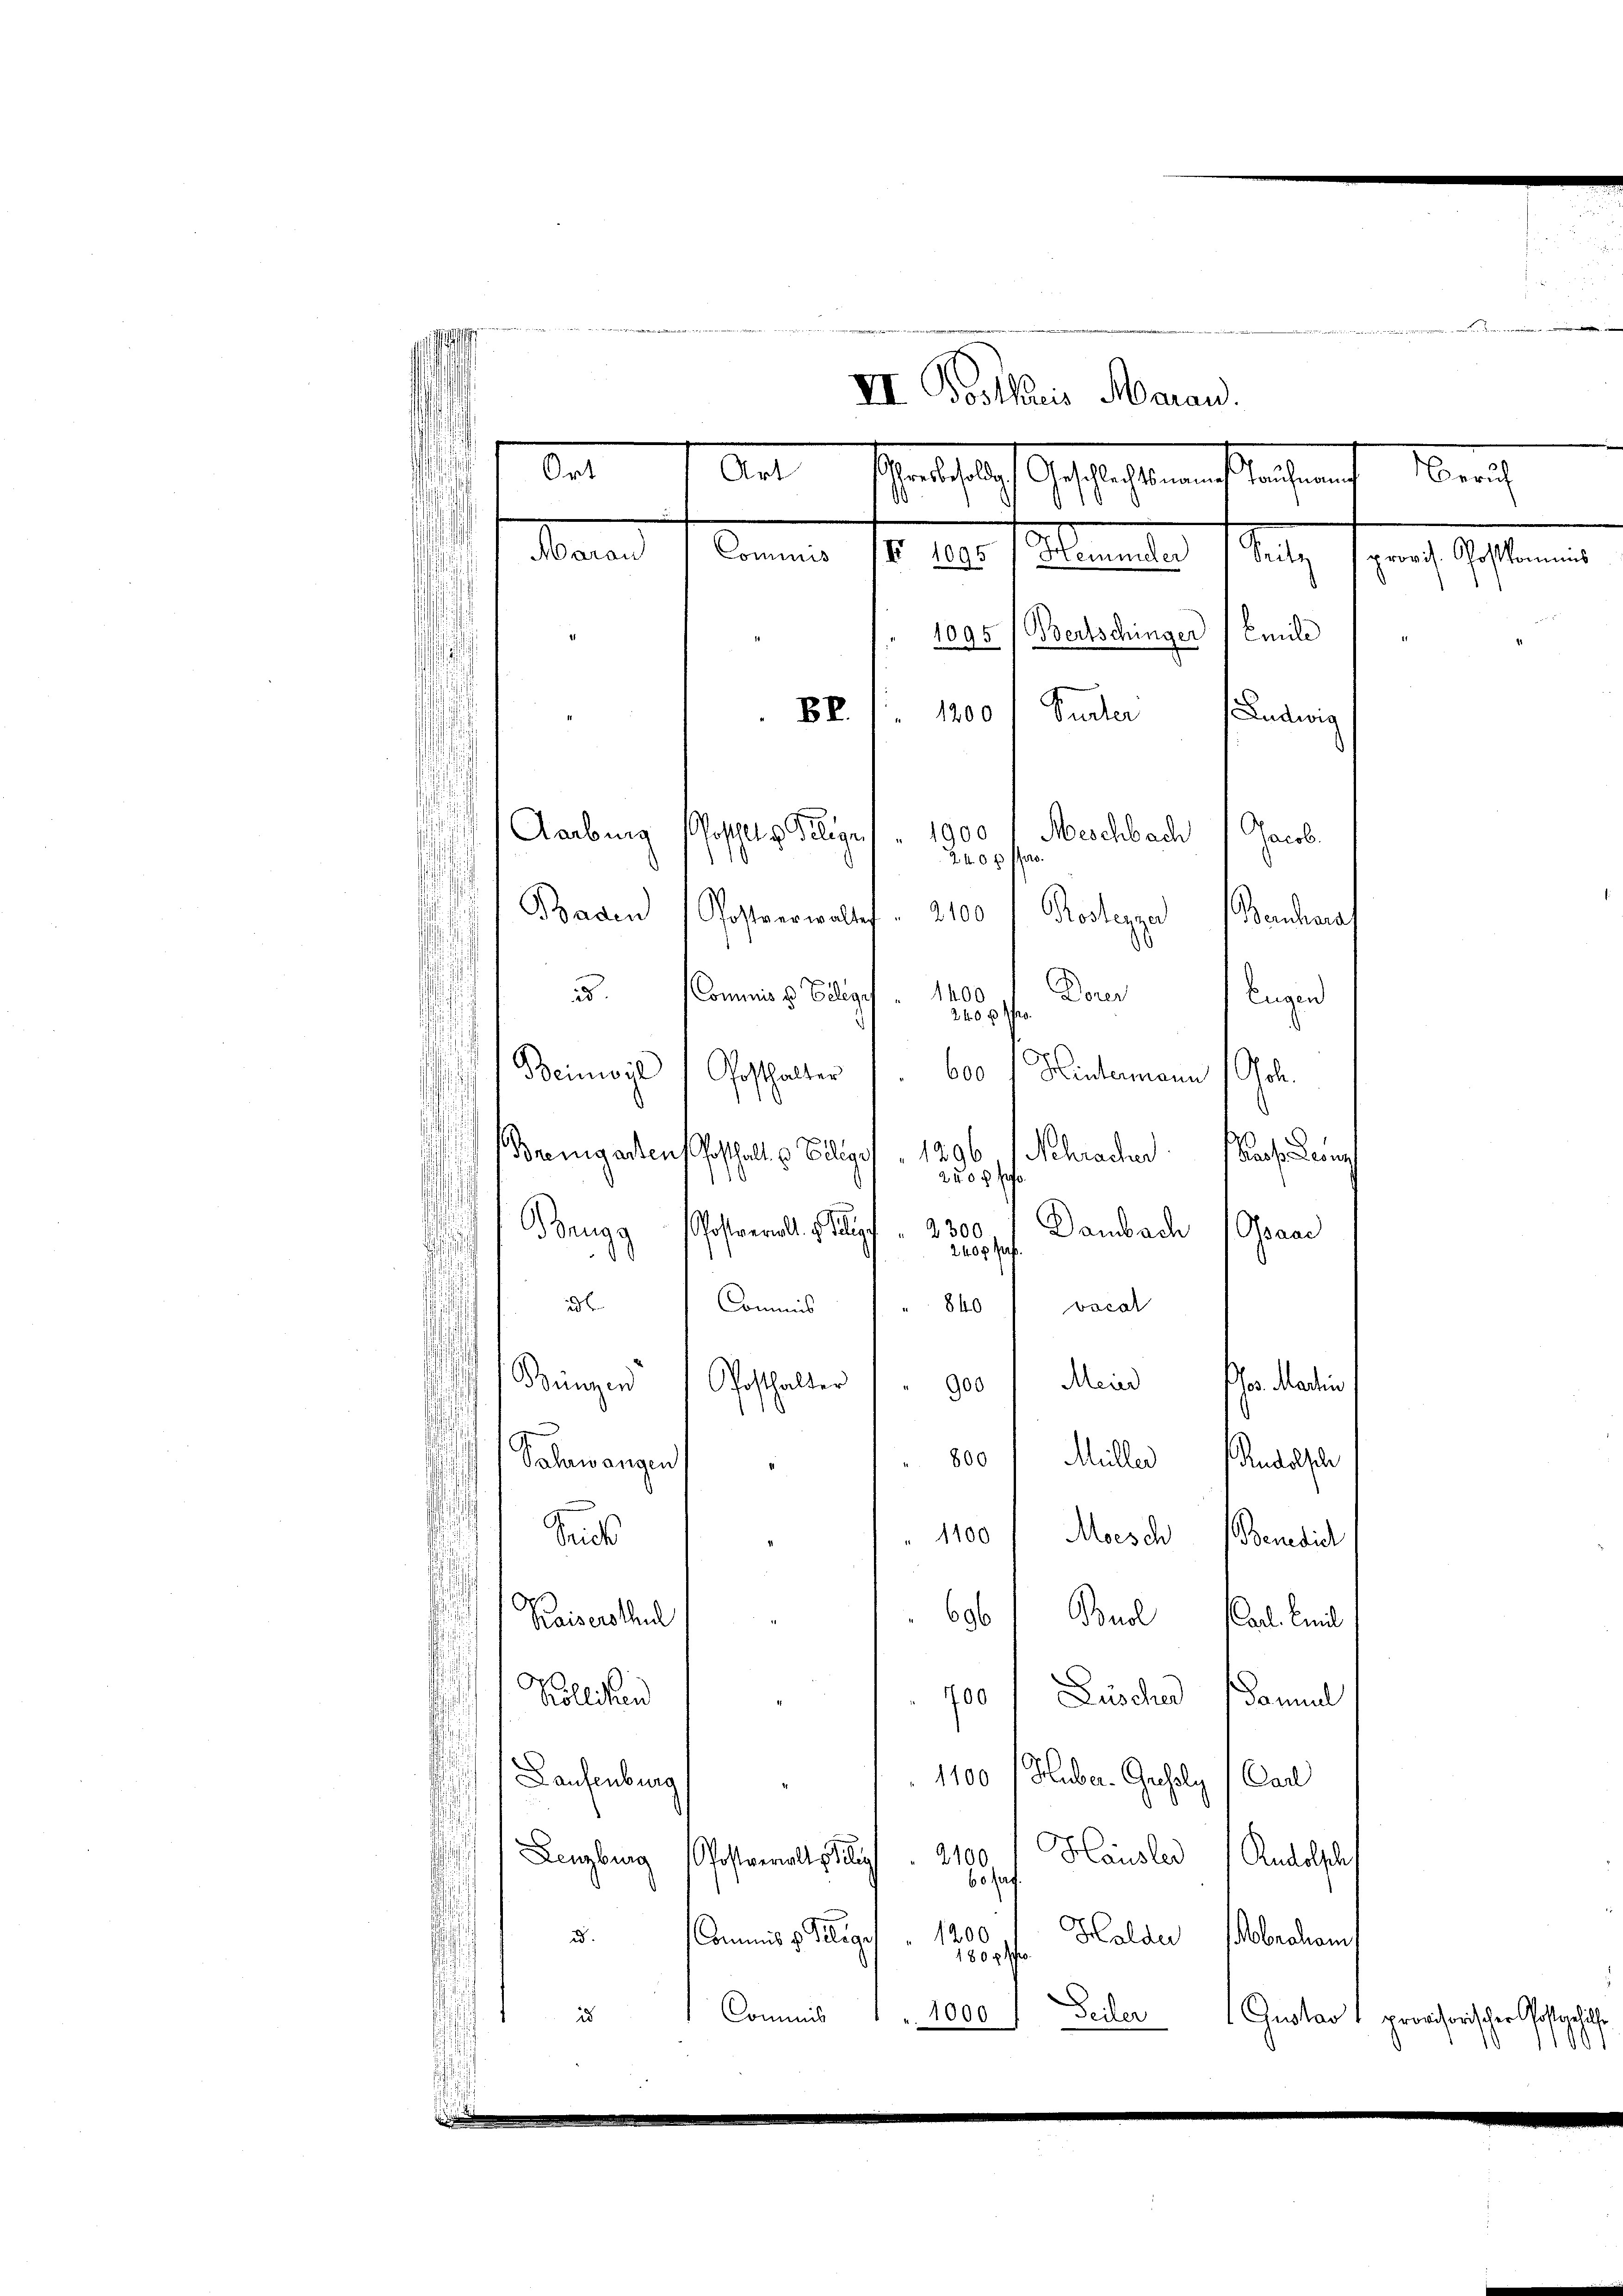
Ort
et entschlaf gesteht nach leichen Zürich
s

.
d
g
VI. Postkreis Aarau.
Mann
Commis
s. das ehemander Satz, ferne Gestamen
1095 (Bertschinger / Emili
Pudler
BR.
1200
Ludwig
Aarburg
1900
Meschbach
Jacob.
osthalte Gelegen
e
240 x
s
Baden Postverwaltet. 2100 / Postezzer (Berchara
1400
s. Commiss Telege
Derer Eugen
2400
600
Beinwyl / Posthalter
Hintermann (Col.
d
x
i
¬
Bremgarten Posthalt u. Ellegi
1296
Schracher Prof. Kein
2208 f
¬
Dambach
Brugg Postverall. J. ge
2300.
Graad
2400 fl
d
3. Commis
840
vocal
f
Bringen
Posthalter
Meine Phos. Martin
900
s
¬
8001 Müller Rudolsch
Schwangen,
.
1100 / Moisch Benedic
Saus
s
b
696 1 Buel Carl. Emil
Kaisersthal
i
i
700 Lüscher Donnel
Kolliken
1100 f Huber-Gresoly/Car
Laufenburg
Lenzburg
100
ostaerall gelie
Josef Häusler Andelschaf
1200
Halder Abraham
u. Commis d. Gelege
180 f. scho
Seiler
is
Commis
Gustav  provisorischer Postelle
 1000
.
1001